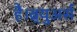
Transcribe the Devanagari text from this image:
है।ब्र्युअर्स